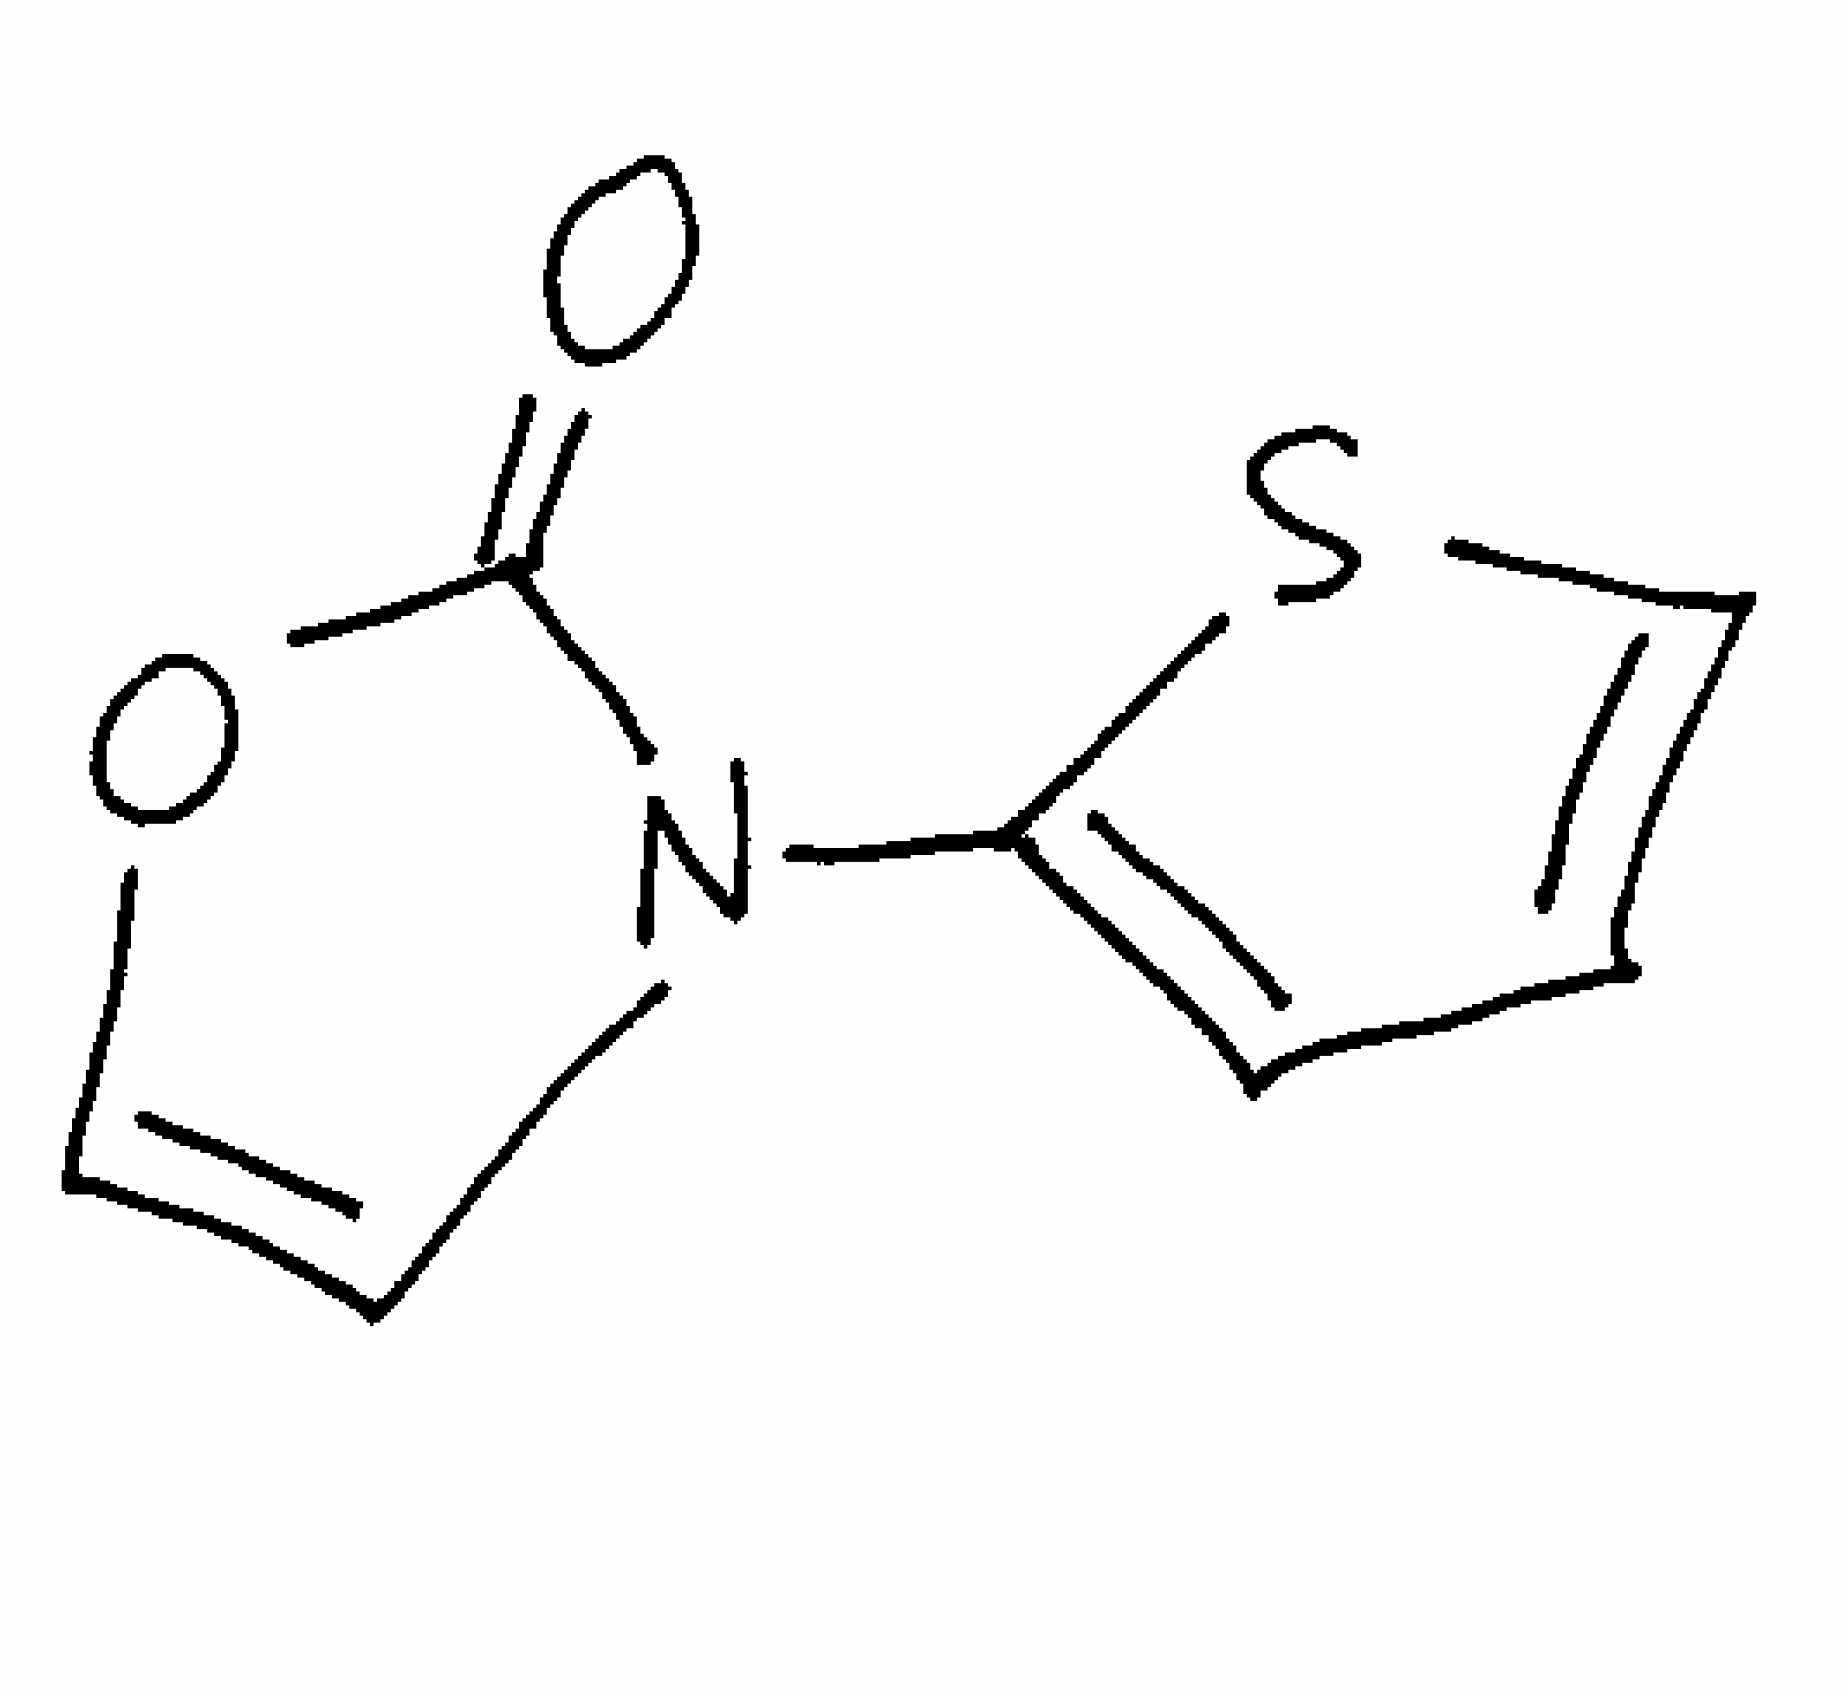
Simplified molecular-input line-entry system (SMILES) notation of the given molecule:
C1=CSC(=C1)N2C=COC2=O